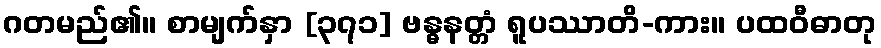
ဂတမည်၏။ စာမျက်နှာ [၃၇၁] ဗန္ဓနတ္တံ ရူပဿာတိ-ကား။ ပထဝီဓာတု